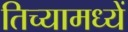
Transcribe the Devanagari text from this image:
तिच्यामध्यें